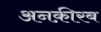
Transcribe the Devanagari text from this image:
अनक़ीरब